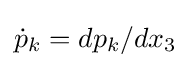
{\dot {p}}_{k}=dp_{k}/dx_{3}